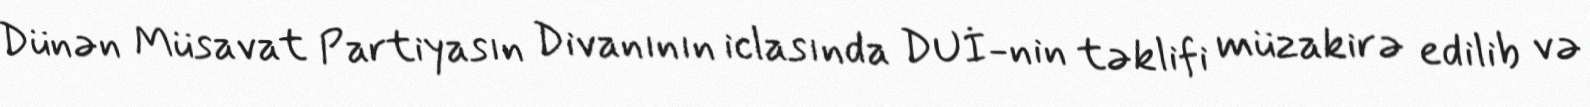
Dünən Müsavat Partiyasın Divanının iclasında DUİ-nin təklifi müzakirə edilib və